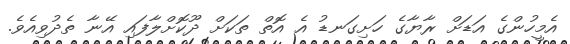
އެމީހުންގެ އަޑަށް ރާޔާގެ ހަށިގަނޑު އެ އޮތް ތަކަށް ދޫކޮށްލާފައި އޭނާ ތެދުވިއެވެ.